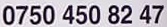
0750 450 82 47